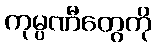
ကုမ္ပဏီတွေကို